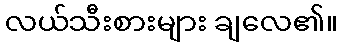
လယ်သီးစားများ ချလေ၏။